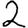
Digit: 2